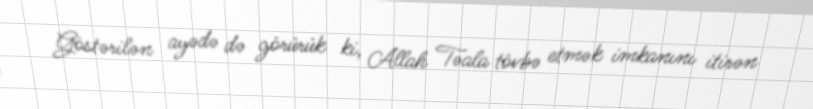
Göstərilən ayədə də görürük ki, Allah Təala tövbə etmək imkanını itirən